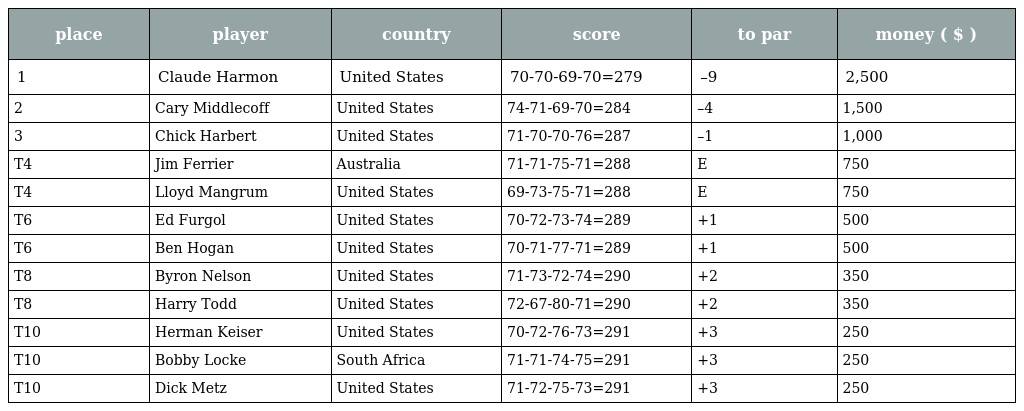
| place | player | country | score | to par | money ( $ ) |
 | --- | --- | --- | --- | --- | --- |
 | 1 | Claude Harmon | United States | 70-70-69-70=279 | –9 | 2,500 |
 | 2 | Cary Middlecoff | United States | 74-71-69-70=284 | –4 | 1,500 |
 | 3 | Chick Harbert | United States | 71-70-70-76=287 | –1 | 1,000 |
 | T4 | Jim Ferrier | Australia | 71-71-75-71=288 | E | 750 |
 | T4 | Lloyd Mangrum | United States | 69-73-75-71=288 | E | 750 |
 | T6 | Ed Furgol | United States | 70-72-73-74=289 | +1 | 500 |
 | T6 | Ben Hogan | United States | 70-71-77-71=289 | +1 | 500 |
 | T8 | Byron Nelson | United States | 71-73-72-74=290 | +2 | 350 |
 | T8 | Harry Todd | United States | 72-67-80-71=290 | +2 | 350 |
 | T10 | Herman Keiser | United States | 70-72-76-73=291 | +3 | 250 |
 | T10 | Bobby Locke | South Africa | 71-71-74-75=291 | +3 | 250 |
 | T10 | Dick Metz | United States | 71-72-75-73=291 | +3 | 250 |